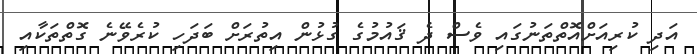
އަދި ކުރިއަށްއޮތްތަނުގައި ވެސް ދެ ޤައުމުގެ ގުޅުން އިތުރަށް ބަދަހި ކުރެވޭނެ ގޮތްތަކާއި